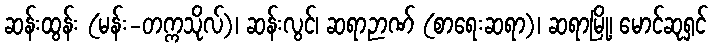
ဆန်းထွန်း (မန်း-တက္ကသိုလ်)၊ ဆန်းလွင်၊ ဆရာဉာဏ် (စာရေးဆရာ)၊ ဆရာမြို့၊ မောင်ဆုရှင်